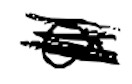
Text: a
Cross-out: scratch
Writing tool: digital_black